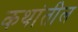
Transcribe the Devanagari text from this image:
कथांतील